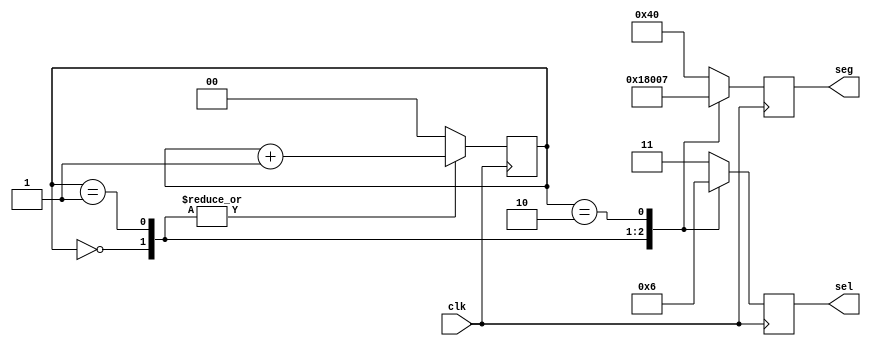
`timescale 1ns / 1ps

module display_number (
    input clk, // 
    output reg [1:0] sel, // 7
    output reg [6:0] seg // 7
);

    reg [1:0] counter = 0; // 

    // 
    always @(posedge clk) begin
        case (counter)
            2'b00: begin
                seg <= 7'b0000110; // "1"
                sel <= 2'b00;
                counter <= counter + 1;
            end
            2'b01: begin
                seg <= 7'b0000000; // "0"
                sel <= 2'b01;
                counter <= counter + 1;
            end
            2'b10: begin
                seg <= 7'b0000111; // "7"
                sel <= 2'b10;
                counter <= 2'b00;
            end
            default: begin
                seg <= 7'b1000000; // 
                sel <= 2'b11;
                counter <= 2'b00;
            end
        endcase
    end
endmodule